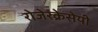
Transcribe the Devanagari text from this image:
रोजेरक्रेसेयी